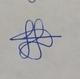
Signature authenticity: genuine